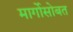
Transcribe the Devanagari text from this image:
मार्गोसोबत